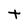
Character: t